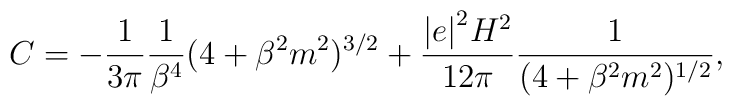
C = - \frac{1}{3 \pi} \frac{1}{\beta^4} (4 + \beta^2 m^2 )^{3/2} + \frac{{\vert e \vert}^2 H^2}{12 \pi} \frac{1}{ (4 + \beta^2 m^2)^{1/2}},